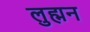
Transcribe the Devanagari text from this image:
लुह्मन